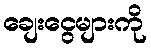
ချေးငွေများကို